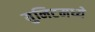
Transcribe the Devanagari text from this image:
युनिटमध्ये